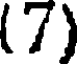
(7)